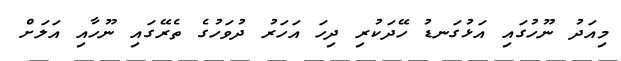
މިއަދު ނޫހުގައި އަޅުގަނޑު ހޭދަކުރި ދިހަ އަހަރު ދުވަހުގެ ތެރޭގައި ނޫހާއި އަލަށް